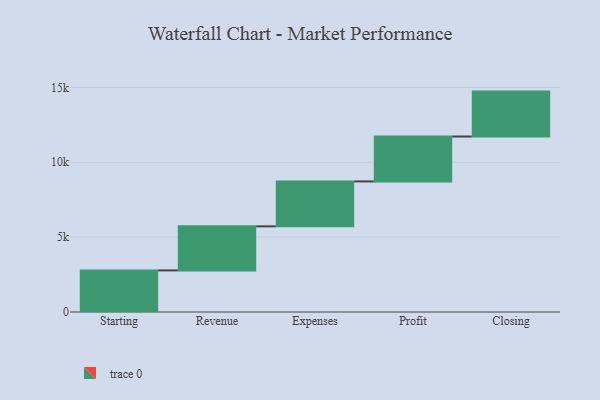
{"axis": {"x": "Step", "y": "Value"}, "legend": [""], "data": [{"x": "Starting", "y": 2778.0, "type": ""}, {"x": "Revenue", "y": 2943.0, "type": ""}, {"x": "Expenses", "y": 3000, "type": ""}, {"x": "Profit", "y": 3000, "type": ""}, {"x": "Closing", "y": 3000, "type": ""}]}